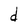
Character: d